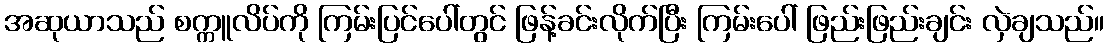
အဆုယာသည် စက္ကူလိပ်ကို ကြမ်းပြင်ပေါ်တွင် ဖြန့်ခင်းလိုက်ပြီး ကြမ်းပေါ် ဖြည်းဖြည်းချင်း လှဲချသည်။